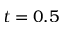
t = 0 . 5